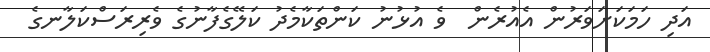
އަދި ހަމަކަށަވަރުން އެއުރެން  ވެ އުޅުނު ކަންތަކާމެދު ކަލޭގެފާނުގެ ވެރިރަސްކަލާނގެ